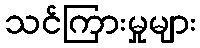
သင်ကြားမှုများ